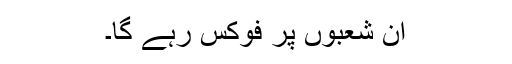
ان شعبوں پر فوکس رہے گا۔